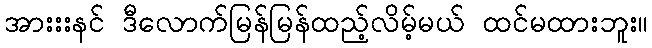
အားးးနင် ဒီလောက်မြန်မြန်ထည့်လိမ့်မယ် ထင်မထားဘူး။